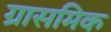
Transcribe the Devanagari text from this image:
ग्रासमिक